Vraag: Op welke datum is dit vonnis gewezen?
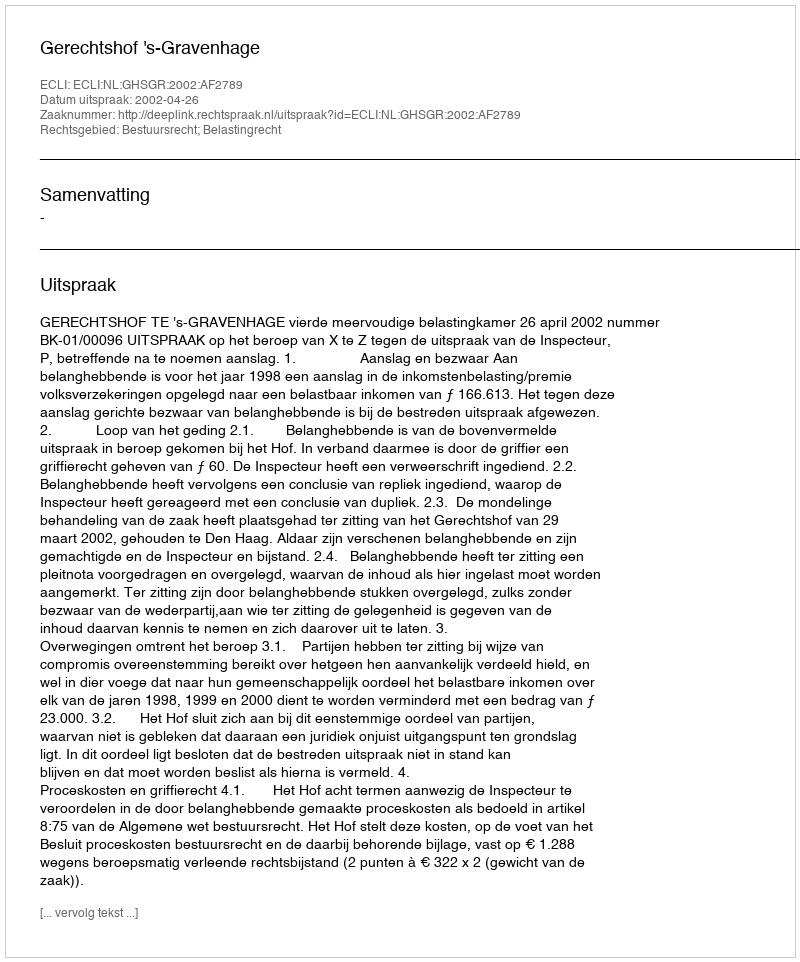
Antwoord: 2002-04-26